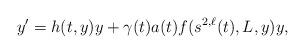
LaTeX: \begin{align*}y'=h(t,y)y+\gamma(t)a(t)f(s^{2,\ell}(t),L,y)y,\end{align*}